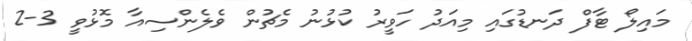
މައިލޯ ޓާފް ދަނޑުގައި މިއަދު ހަވީރު ކުޅުނު މެޗުން ވެލެންސިއާ މޮޅުވީ 3-2